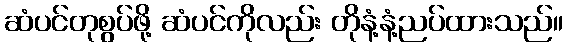
ဆံပင်တုစွပ်ဖို့ ဆံပင်ကိုလည်း တိုနံ့နံ့ညပ်ထားသည်။